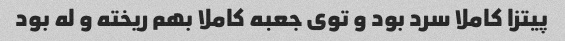
پیتزا کاملا سرد بود و توی جعبه کاملا بهم ریخته و له بود